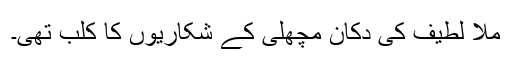
ملا لطیف کی دکان مچھلی کے شکاریوں کا کلب تھی۔